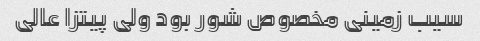
سیب زمینی مخصوص شور بود ولی پیتزا عالی